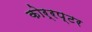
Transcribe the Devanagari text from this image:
कोर्रप्टर